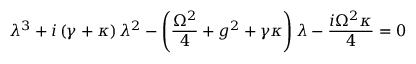
\lambda ^ { 3 } + i \left( \gamma + \kappa \right) \lambda ^ { 2 } - \left( \frac { \Omega ^ { 2 } } { 4 } + g ^ { 2 } + \gamma \kappa \right) \lambda - \frac { i \Omega ^ { 2 } \kappa } { 4 } = 0